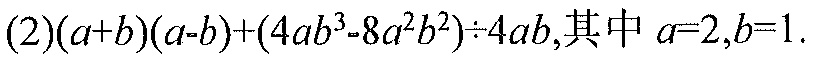
(2)\((a + b)(a - b)+(4ab^{3}-8a^{2}b^{2})\div4ab\),其中\(a = 2,b = 1\).